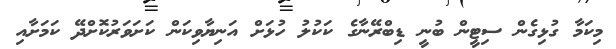
މިކަމާ ގުޅިގެން ސިޓީން ބުނީ ޑިބްރޭނާގެ ކަކުލު ހުޅަށް އަނިޔާވިކަން ކަށަވަރުކޮށްދޭ ކަމަށާއި